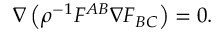
\nabla \left( \rho ^ { - 1 } F ^ { A B } \nabla F _ { B C } \right) = 0 .